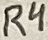
Text: R4